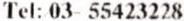
TEL: 03- 55423228